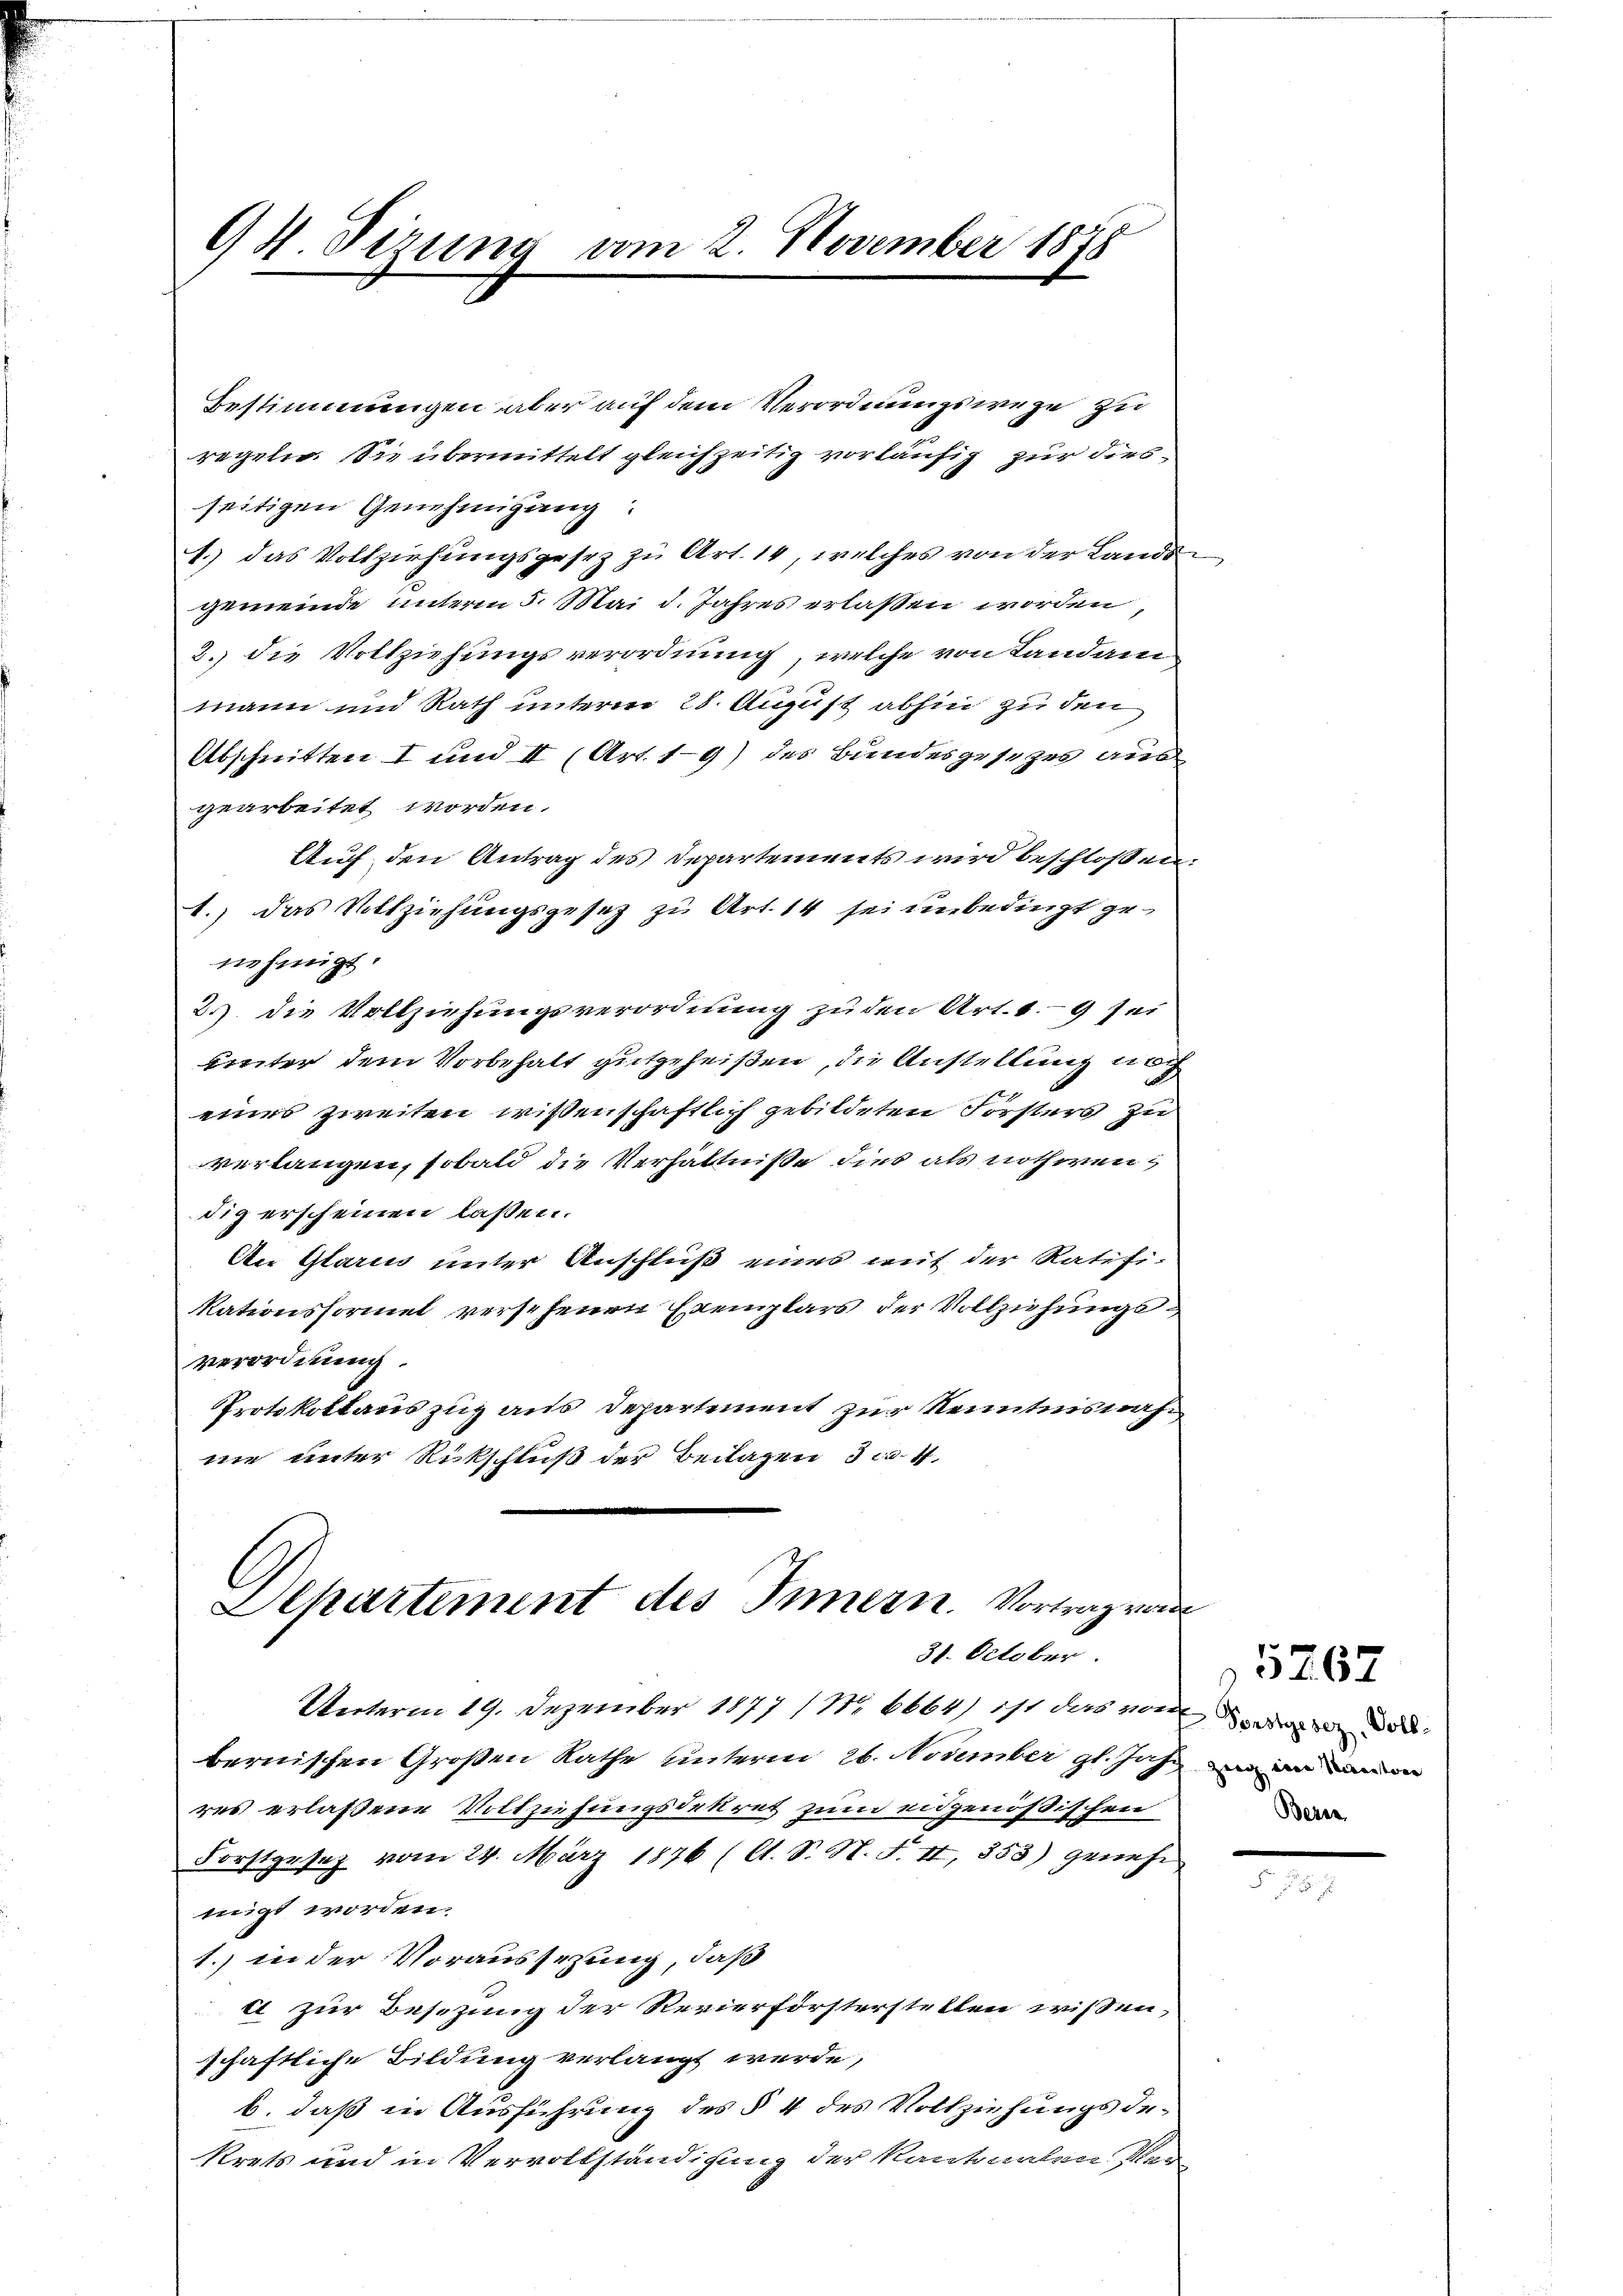
94. Sizung vom 2. November 1878

Bestimmungen aber auf dem Verordnungswege zu
regeln. Sie übermittelt gleichzeitig vorläufig zur diesseitigen Genehmigung:
1.) das Vollziehŭngsgesez zŭ Art. 10, welches von der Lands-
gemeinde unterm 5. Mai d. Jahres erlaßen worden,
3. die Vollziehungsverordnung, welche von Landam
mann und Rath unterm 28. August abhin zu den
Abschnitten I und II (Art. 19) des Bundesgesezes aus
gearbeitet worden.
Auf den Antrag des Departements wird beschlossen.
1.) Das Vollziehungsgesetz zu Art. 14 sei unbedingt ge
nehmigt.
2.) die Vollziehungsverordnung zu den Art. 19 sei
unter dem Vorbehalt gutgeheißen, die Anstellung noch
eines zweiten wissenschaftlich gebildeten Forsters zu
verlangen, sobald die Verhältniße dies als nothwendig erscheinen lassen.
An Glarus unter Anschluß eines auf der Ratifi-
Rationsformel versehenen Exemplars der Vollziehungs¬
Verordnung.
Protokollauszug aus Departement zur Kenntnisnah
nie unter Rückschluß der Beilagen 3 c. 4
Departement des Innern. Vortrag von
31. October
Unterm 19. Dezember 1877 1 No 6664) ist das von der
bernischen Großen Rathe unterm 26. November gl. Jahr in an ein
res erlaßene Vollziehungsdekret zum eidgenößischen
Forstgesetz vom 24. März 1876 (lt. S. N. F. II, 353) genehe
migt worden.
1. in der Voraussezung, daß
c zur Besetzung der Revierförsterstellen wissen,
schaftliche Bildung verlangt werde,
b. daß in Ausführung des § 4 des Vollziehungsdekrets und in Vervollständigung der Kantonalen Mar

.

Bern

5767